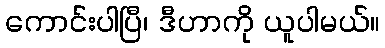
ကောင်းပါပြီ၊ ဒီဟာကို ယူပါမယ်။